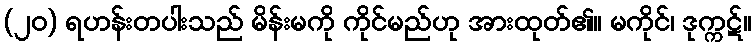
(၂၀) ရဟန်းတပါးသည် မိန်းမကို ကိုင်မည်ဟု အားထုတ်၏။ မကိုင်၊ ဒုက္ကဋ်။